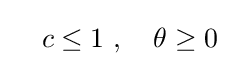
\quad c\leq 1\ ,\quad \theta \geq 0